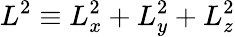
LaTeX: L^{2}\equiv L_{x}^{2}+L_{y}^{2}+L_{z}^{2}